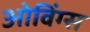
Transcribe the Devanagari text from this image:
ओविंग्स